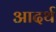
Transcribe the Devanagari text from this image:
आदर्थ